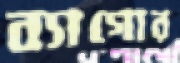
ব্যাগোর